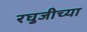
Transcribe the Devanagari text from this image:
रघुजीच्या